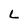
Character: L